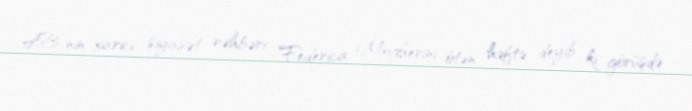
AB-nin xarici siyasət rəhbəri Federica Mogherini ötən həftə deyib ki, görüşdə